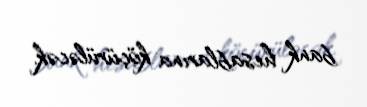
bank hesablarına köçürüləcək.